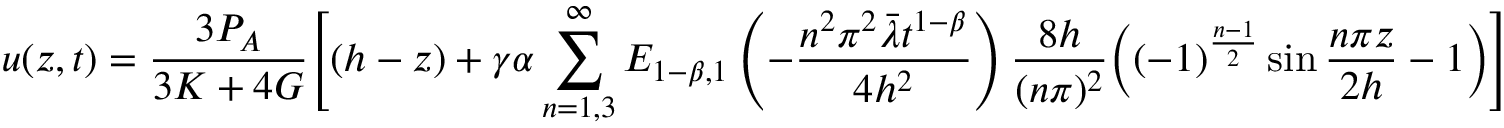
u ( z , t ) = \frac { 3 P _ { A } } { 3 K + 4 G } \Bigg [ ( h - z ) + \gamma \alpha \sum _ { n = 1 , 3 } ^ { \infty } E _ { 1 - \beta , 1 } \left( - { \frac { n ^ { 2 } \pi ^ { 2 } \bar { \lambda } t ^ { 1 - \beta } } { 4 h ^ { 2 } } } \right) \frac { 8 h } { ( n \pi ) ^ { 2 } } \bigg ( ( - 1 ) ^ { \frac { n - 1 } { 2 } } \sin \frac { n \pi z } { 2 h } - 1 \bigg ) \Bigg ]